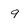
Character: 9